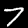
Digit: 7